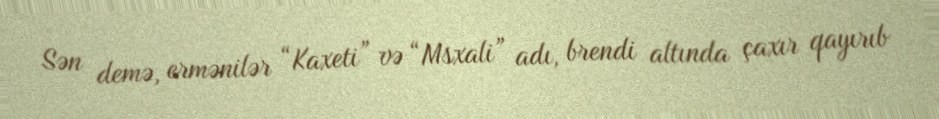
Sən demə, ermənilər “Kaxeti” və “Msxali” adı, brendi altında çaxır qayırıb